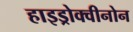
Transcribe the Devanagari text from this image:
हाइड्रोक्वीनोन